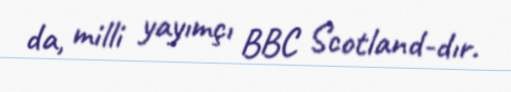
da, milli yayımçı BBC Scotland-dır.